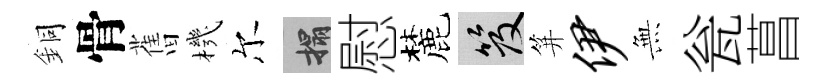
銅骨𦾔機尔搨慰麓笈笄伊𭴾瓮菖